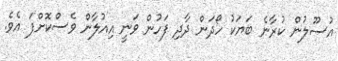
އުސޫލުން ކުރާނެ ބަޔަކު ހޯދަން ދާދި ފަހުން ވަނީ އިއުލާން ވެސްކޮށްފަ އެވެ.